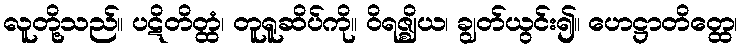
လူတို့သည်။ ပဋိတိတ္ထံ၊ တူရူဆိပ်ကို။ ဝိရဇ္ဈိယ၊ ချွတ်ယွင်း၍။ ဟေဋ္ဌာတိတ္ထေ၊